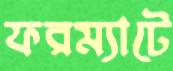
ফরম্যাটে